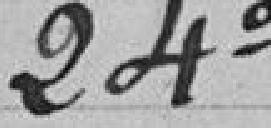
24°